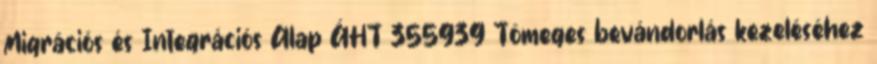
Migrációs és Integrációs Alap ÁHT 355939 Tömeges bevándorlás kezeléséhez